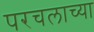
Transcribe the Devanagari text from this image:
परचलाच्या